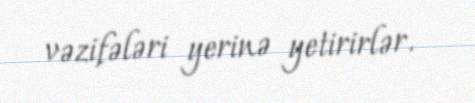
vəzifələri yerinə yetirirlər.